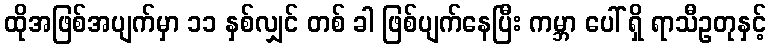
ထိုအဖြစ်အပျက်မှာ ၁၁ နှစ်လျှင် တစ် ခါ ဖြစ်ပျက်နေပြီး ကမ္ဘာ ပေါ် ရှိ ရာသီဥတုနှင့်